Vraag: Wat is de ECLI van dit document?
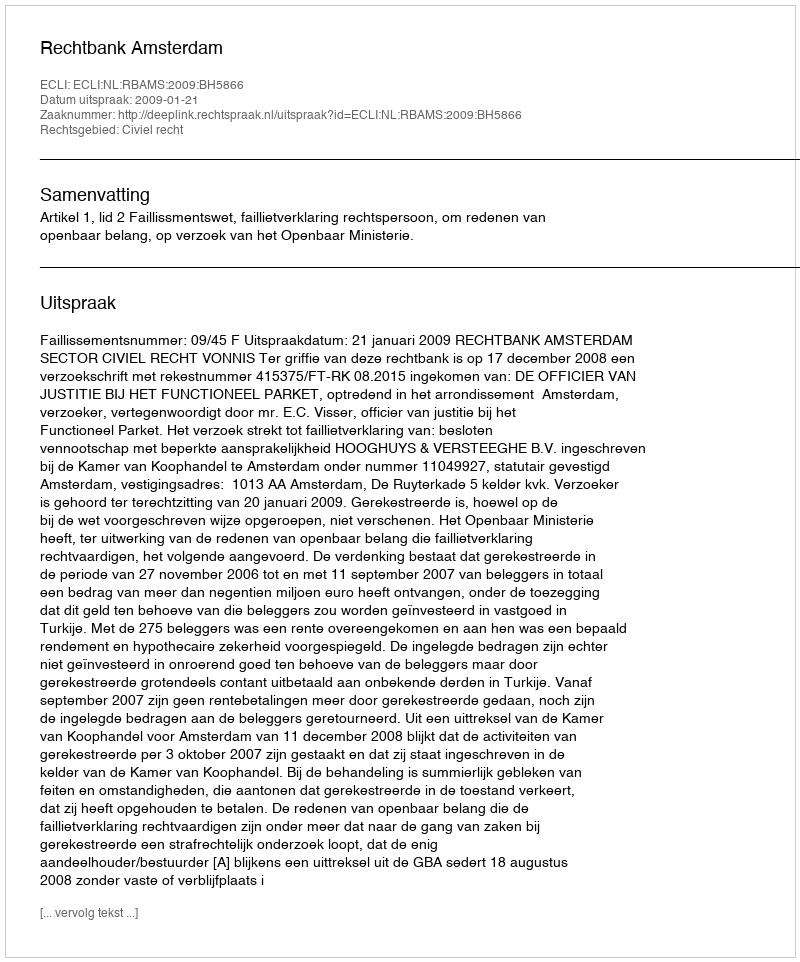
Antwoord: ECLI:NL:RBAMS:2009:BH5866